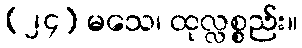
(၂၄) မသေ၊ ထုလ္လစ္စည်း။